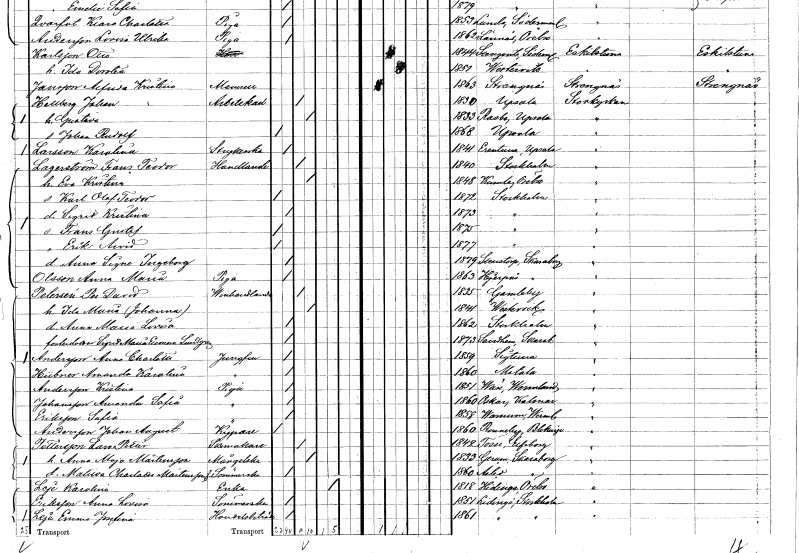
gt_parse: households: individuals: FN: Karolina
EN: Larsson
YRKE: Strykerska
KON: K
CIV: O
FODAR: 1841
FODFORS: Ärentuna Uppsala län
FN: Frans Teodor
EN: Lagerström
YRKE: Handlande
KON: M
CIV: G
FODAR: 1840
FODFORS: Stockholm
FN: Eva Kristina
KON: K
CIV: G
FODAR: 1848
FODFORS: Kumla Örebro län
FN: Karl Olof Teodor
KON: M
CIV: O
FODAR: 1872
FODFORS: Stockholm
FN: Sigrid Kristina
KON: K
CIV: O
FODAR: 1873
FODFORS: Stockholm
FN: Frans Gustaf
KON: M
CIV: O
FODAR: 1875
FODFORS: Stockholm
FN: Erik Arvid
KON: M
CIV: O
FODAR: 1877
FODFORS: Stockholm
FN: Anna Signe Ingeborg
KON: K
CIV: O
FODAR: 1879
FODFORS: Sventorp Skaraborgs län
FN: Anna Maria
EN: Olsson
YRKE: Piga
KON: K
CIV: O
FODAR: 1863
FODFORS: Hjärpås Skaraborgs län
FN: Per David
EN: Petersén
YRKE: Vinhandlare
KON: M
CIV: G
FODAR: 1835
FODFORS: Gamleby Kalmar län
FN: Ida Maria Johanna
KON: K
CIV: G
FODAR: 1841
FODFORS: Västervik Kalmar län
FN: Anna Maria Lovisa
KON: K
CIV: O
FODAR: 1862
FODFORS: Stockholm
FN: Sigrid Maria Emma
EN: Lundgren
KON: K
CIV: O
FODAR: 1873
FODFORS: Sandhem Skaraborgs län
FN: Anna Charlotta
EN: Andersson
YRKE: Jungfru
KON: K
CIV: O
FODAR: 1859
FODFORS: Sigtuna Stockholms län
FN: Amanda Karolina
EN: Hübner
YRKE: Jungfru
KON: K
CIV: O
FODAR: 1860
FODFORS: Motala Östergötlands län
FN: Kristina
EN: Andersson
YRKE: Piga
KON: K
CIV: O
FODAR: 1851
FODFORS: Väse Värmlands län
FN: Amanda Sofia
EN: Johansson
YRKE: Piga
KON: K
CIV: O
FODAR: 1860
FODFORS: Oskar Kalmar län
FN: Sofia
EN: Eriksson
YRKE: Piga
KON: K
CIV: O
FODAR: 1858
FODFORS: Varnum Värmlands län
FN: Johan August
EN: Andersson
YRKE: Kypare
KON: M
CIV: O
FODAR: 1860
FODFORS: Ronneby Blekinge län
FN: Lars Petter
EN: Pettersson
YRKE: Skomakare
KON: M
CIV: G
FODAR: 1842
FODFORS: Tösse Älvsborgs län
FN: Anna Maja
EN: Mårtensson
YRKE: Mångelska
KON: K
CIV: G
FODAR: 1833
FODFORS: Gerum Skaraborgs län
FN: Matilda Charlotta
EN: Mårtensson
YRKE: Sömmerska
KON: K
CIV: O
FODAR: 1860
FODFORS: Åsle Skaraborgs län
FN: Karolina
EN: Leje
YRKE: Änka
KON: K
CIV: E
FODAR: 1818
FODFORS: Hidinge Örebro län
FN: Anna Lovisa
EN: Eriksson
YRKE: Sömmerska
KON: K
CIV: O
FODAR: 1851
FODFORS: Lidingö Stockholms län
FN: Emma Josefina
EN: Leje
YRKE: Handelsbiträde
KON: K
CIV: O
FODAR: 1861
FODFORS: Lidingö Stockholms län